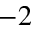
^ { - 2 }